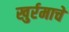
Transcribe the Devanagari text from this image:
खुर्रमाचे